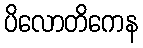
ပိလောတိကေန